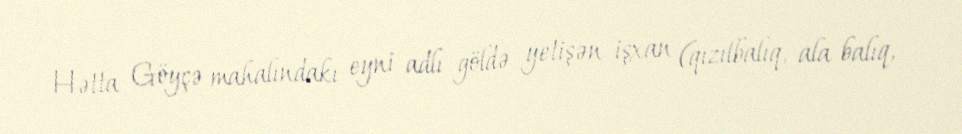
Hətta Göyçə mahalındakı eyni adlı göldə yetişən işxan (qızılbalıq, ala balıq,